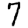
Digit: 7